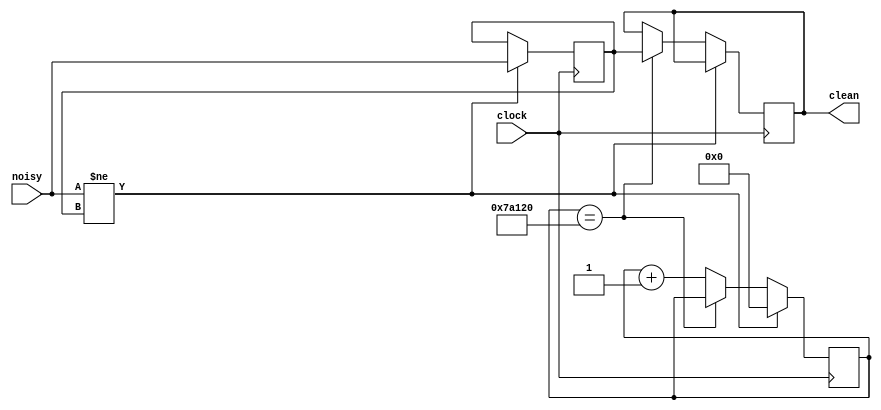
module debounceIndex (clock, noisy, clean);
   parameter DELAY = 500000;   // .01 sec with a 50MHz clock
   input clock, noisy;
   output clean;

   reg [18:0] count;
   reg new, clean;

   always @(posedge clock)
     if (noisy != new) begin new <= noisy; count <= 0; end
     else if (count == DELAY) clean <= new;
     else count <= count+1;
      
endmodule // debounce